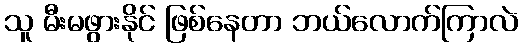
သူ မီးမဖွားနိုင် ဖြစ်နေတာ ဘယ်လောက်ကြာလဲ